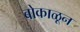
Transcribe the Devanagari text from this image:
बोकाळून